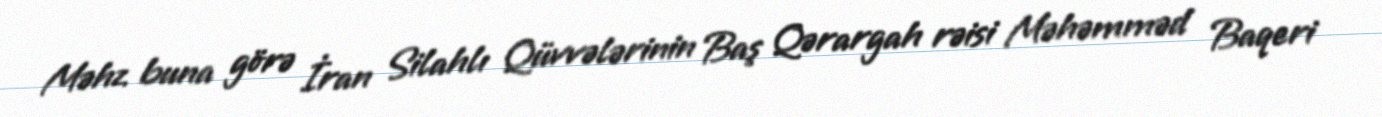
Məhz buna görə İran Silahlı Qüvvələrinin Baş Qərargah rəisi Məhəmməd Baqeri